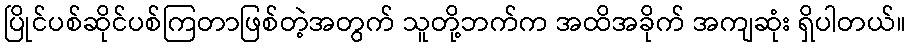
ပြိုင်ပစ်ဆိုင်ပစ်ကြတာဖြစ်တဲ့အတွက် သူတို့ဘက်က အထိအခိုက် အကျဆုံး ရှိပါတယ်။